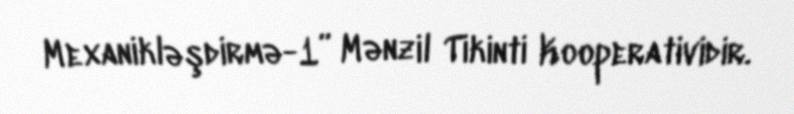
Mexanikləşdirmə-1” Mənzil Tikinti Kooperatividir.